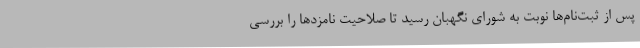
پس از ثبت‌نام‌ها نوبت به شورای نگهبان رسید تا صلاحیت نامزدها را بررسی